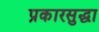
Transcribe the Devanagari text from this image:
प्रकारसुद्घा